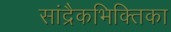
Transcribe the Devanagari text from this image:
सांद्रैकभिक्तिका